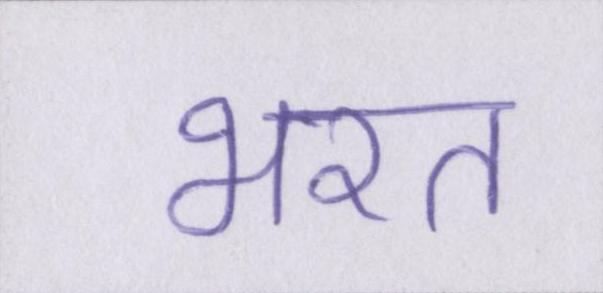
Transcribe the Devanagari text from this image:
भरत